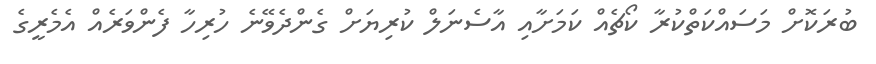
ބުރަކޮށް މަސައްކަތްކުރާ ކޯޗެއް ކަމަށާއި އާސެނަލް ކުރިޔަށް ގެންދެވޭނެ ހުރިހާ ފެންވަރެއް އެމެރީގެ